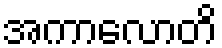
အကာလောတိ